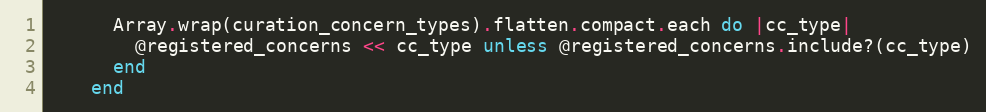
Language: Ruby
      Array.wrap(curation_concern_types).flatten.compact.each do |cc_type|
        @registered_concerns << cc_type unless @registered_concerns.include?(cc_type)
      end
    end